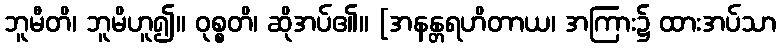
ဘူမီတိ၊ ဘူမိဟူ၍။ ဝုစ္စတိ၊ ဆိုအပ်၏။ [အနန္တရဟိတာယ၊ အကြား၌ ထားအပ်သာ